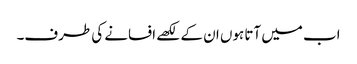
اب میں آتا ہوں ان کے لکھے افسانے کی طرف۔